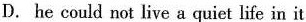
D.he could not live a quiet life in it